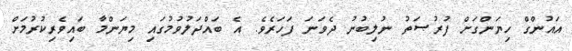
އައުންގް ހިޔަންގަށް ފުރުޞަތު ނުލިބުނު ދެވަނަ ފަހަރެވެ. އެ ބައްދަލުވުމުގައި މިޔަންމާ ބައިވެރިކުރުމަށް